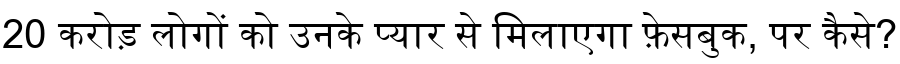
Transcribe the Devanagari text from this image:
20 करोड़ लोगों को उनके प्यार से मिलाएगा फ़ेसबुक, पर कैसे?